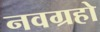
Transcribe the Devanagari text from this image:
नवग्रहो